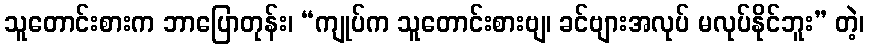
သူတောင်းစားက ဘာပြောတုန်း၊ “ကျုပ်က သူတောင်းစားဗျ၊ ခင်ဗျားအလုပ် မလုပ်နိုင်ဘူး” တဲ့၊